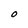
Character: O